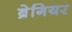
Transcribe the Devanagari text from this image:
ब्रेगियर